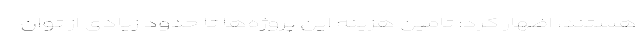
هستند، اظهار کرد: تامین هزینه این پروژه‌ها تا حدود زیادی از توان